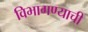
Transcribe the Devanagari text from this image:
विभागण्याची